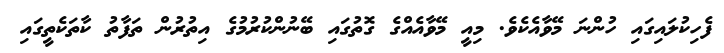
ފެހިކުލައިގައި ހުންނަ މޭވާއެކެވެ. މިއީ މޭވާއެއްގެ ގޮތުގައި ބޭނުންކުރުމުގެ އިތުރުން ތަފާތު ކާތަކެތީގައި